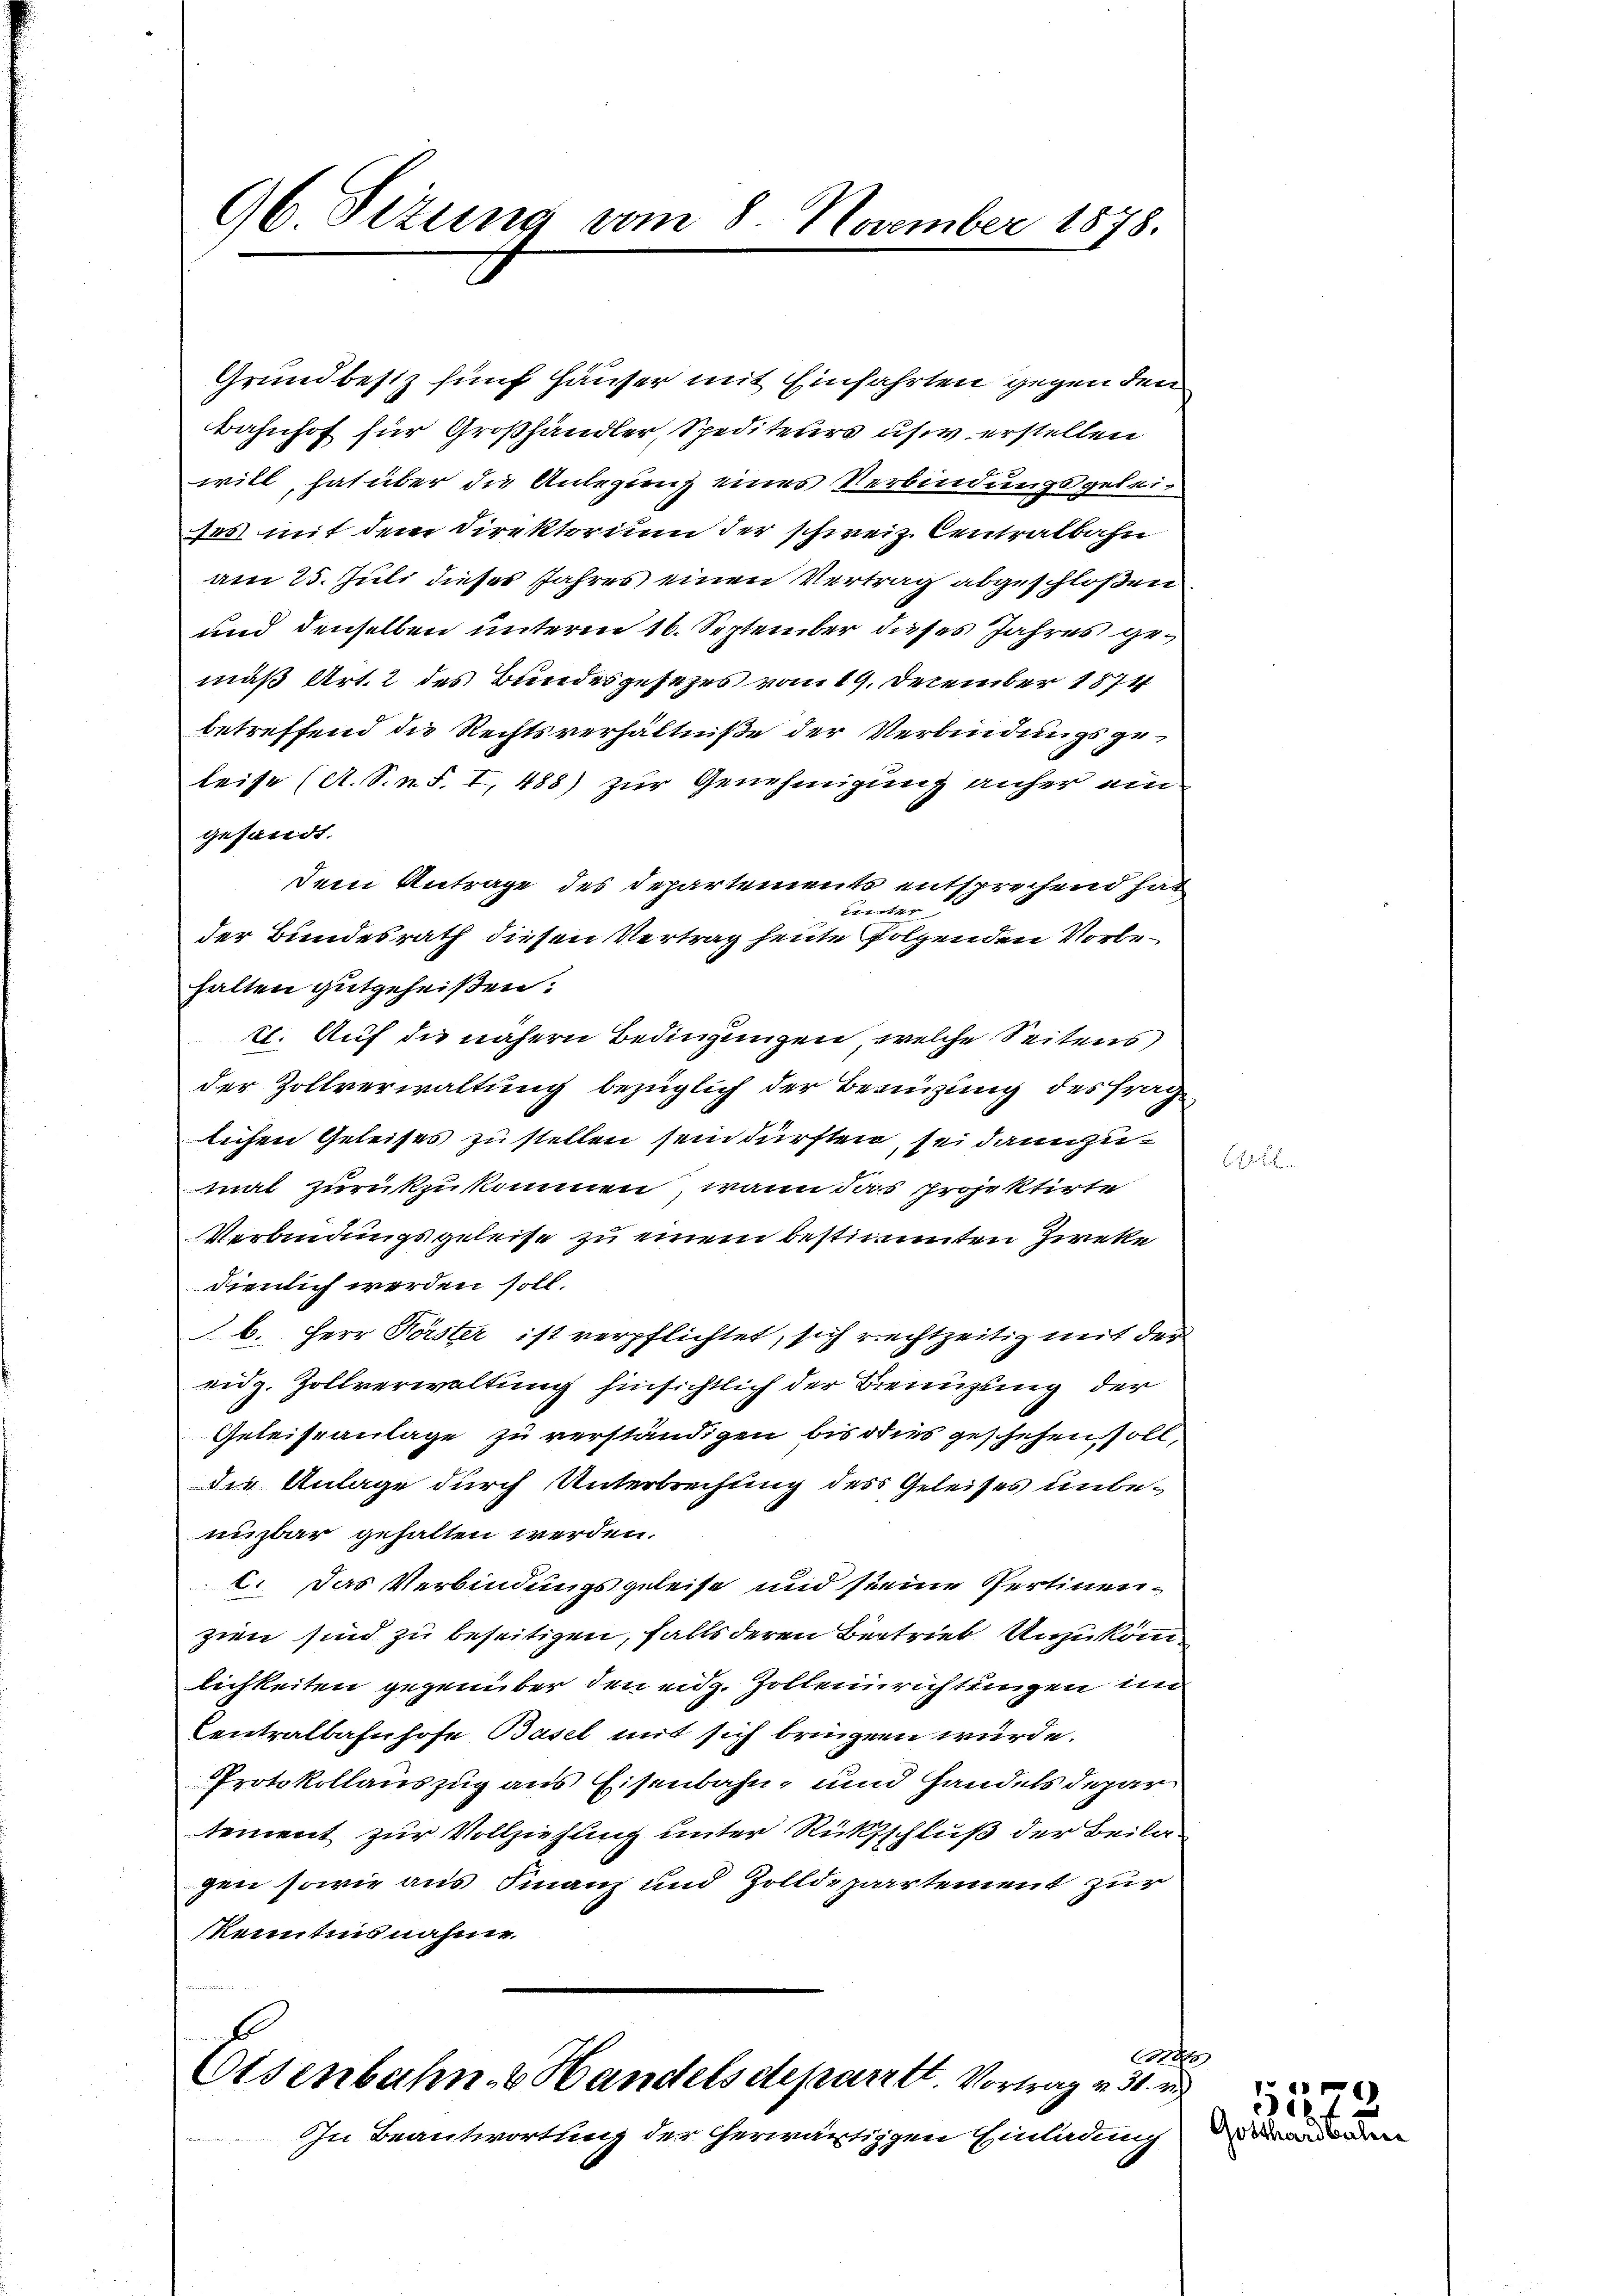
96 Sizung vom 8. November 1878.

Grundbesiz fünf Häuser mit Einfahrten gegen dem
Bahnhof für Großhändler, Spediteurs us erstellen
will, hat über die Anlegung eines Verbindungsgeleises mit dem Direktorium der schweiz. Centralbahn
am 25. Juli dieses Jahres einen Vertrag abgeschloßen
und denselben unterm 16. September dieses Jahres gemäß Art. 2 des Bundesgesezes vom 19. December 1874
betreffend die Rechtsverhältniße der Verbindungsgeleise (A.S.nd. I, 488) zur Genehmigung anher ein
gesandt.
dem Antrage des Departements entsprechend hat
tur
der Bundesrath diesen Vertrag heute folgenden Vorbehalten gutgeheißen:
11. Auf die nähern Bedingungen, welche Seitens
der Zollverwaltung bezüglich der Besizung des Frag
lichen Geleises zu stellen sein dürften, sei dannzumal zurückzukommen, wenn das Projektirte
Verbindungsgeleise zu einem bestimmten Zirke
dienlich werden soll.
b. Herr Förster ist verpflichtet, sich rechtzeitig mit der
eidg. Zollverwaltung hinsichtlich der Brenüzung der
Geleiseanlage zu verständigen bis dies geschehen soll,
die Anlage durch Unterbrechung des Geleises unbenuzbar gehalten werden.
c. Das Verbindungsgeleise und seine Pertinenzien sind zu beseitigen, falls deren Bertrieb Unzukomlichkeiten gegenüber den eidg. Zolleinrichtungen in
Centralbahnhofe Basel mit sich bringen würde.
Protokollauszug aus Eisenbahn- und Handels depar
tement zur Vollziehung unter Rücksschluß der Beilagen sowie aus Finanz und Zolldepartement zur
kenntnisnahme
8t
Oisenbahn- & Handelsdeparte Vortrag v. 31. v
In Beantwortung der herwärtigen Einladung

.

)
i
Gothardbau